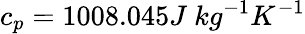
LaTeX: c_{p}=1008.045J\ kg^{-1}K^{-1}